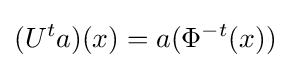
(U^{t}a)(x)=a(\Phi ^{-t}(x))